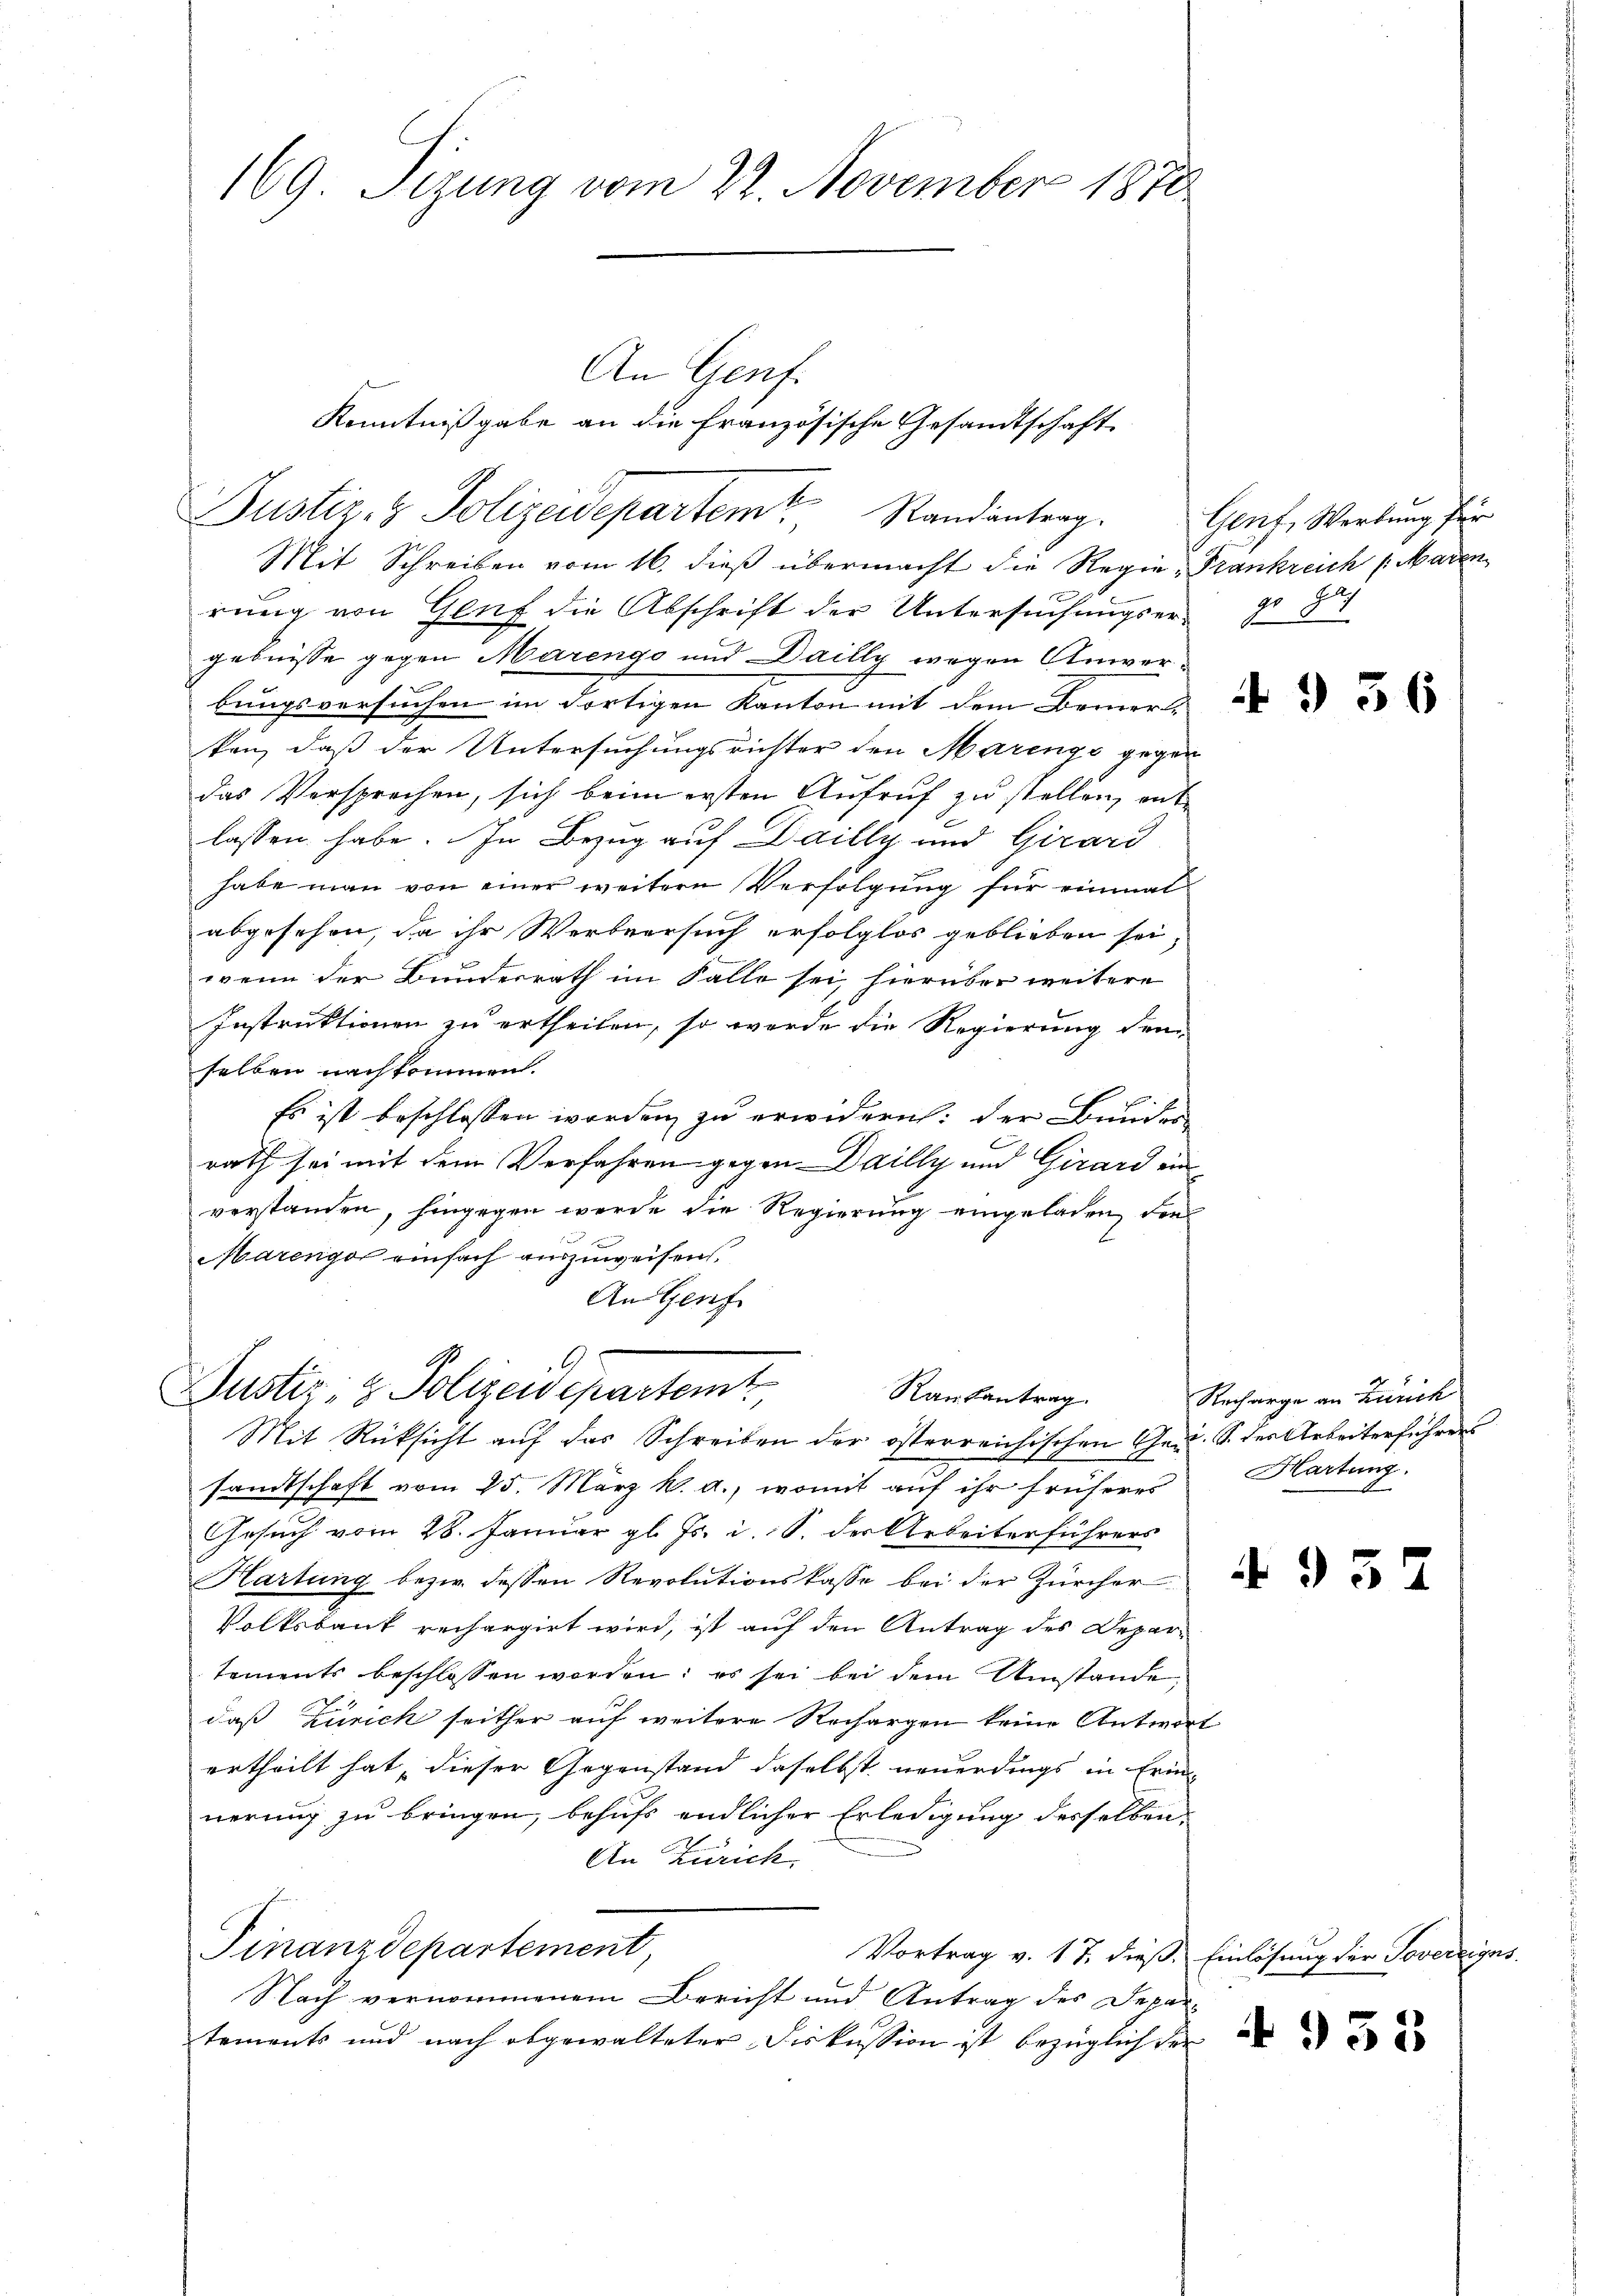
169. Sizung vom 22. November 1870

Mit Schreiben vom 16. dieß übermacht die Regie-Frankreich /: Maren
rung von Genf die Abschrift der Untersuchungser-
gebnisse gegen Marengo und Dailly wegen Anwer-
bungsversuchen im dortigen Kanton mit dem Bemerken, daß der Untersuchungsrichter den Marings gegen
das Versprechen, sich beim ersten Aufruf zu stellen, ent
lassen habe. In Bezug auf Dailly und Girard
habe man von einer weitere Verfolgung für einmal
abgesehen, da ihr Werbeersuch erfolglos geblieben sei,
wenn der Bundesrath im Falle sei, hierüber weitere
Instruktionen zu ertheilen, so werde die Regierung den
selben nachkommen.
Es ist beschlossen worden zu erwidern: der Bunder
rath sei mit dem Verfahren gegen Dailly und Girard ein
verstanden, hingegen werde die Regierung eingeladen, den

Marenger einfach auszuweisen.
An Genf
G
9
Justiz- & Polizeidepartemt
Rautantrag
Mit Rücksicht auf das Schreiben der österreichischen Ges. S. der Arbeiterführers
sandtschaft vom 25. März k. a., womit auf ihr früheres Hartung.
Gesuch vom 28. Januar gl. Js. i. S. der Arbeiterführers
Hartung bezw. dessen Revolutionskasse bei der Zürcher
Volksbank rechargirt wird, ist auf den Antrag des Departements beschlossen worden; es sei bei dem Umstände,
daß Zürich seither auf weitere Rechargen keine Antwor
ertheilt hat, dieser Gegenstand daselbst neuerdings in Erinnerung zu bringen, behufs endlicher Erledigung desselben
An Zürich
Finanzdepartement
Vortrag v. 17. dieß, Einlösung der Tovereigns
Nach vernommenem Bericht und Antrag des Depar-
tements und nach abgewalteter Diskussion ist bezüglich der

Justiz- & Polizeidepartem Standentrag.

An Genf.
Kenntnißgabe an die französische Gesandtschaft

Genf, Wertung für
F
Eg
d

4 § 56

Recharge an Zürich

952

933